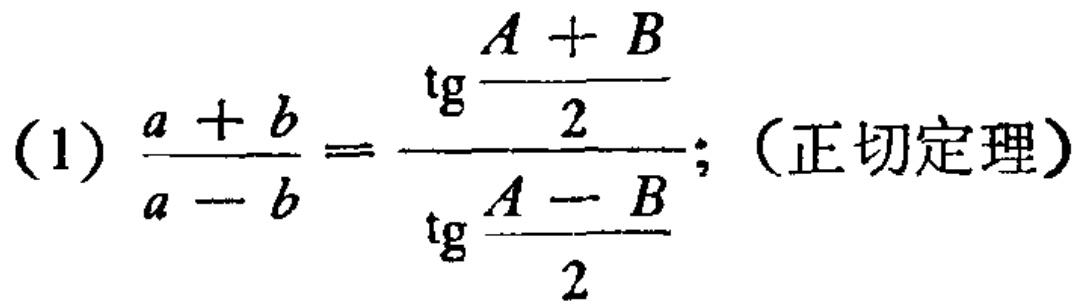
(1) $\frac{a + b}{a - b} = \frac{\text{tg}\frac{A + B}{2}}{\text{tg}\frac{A - B}{2}}$;（正切定理）